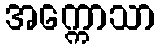
အက္ကောသာ